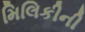
મિલિકીની